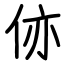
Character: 㑊